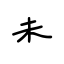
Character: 未